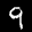
Label: 9